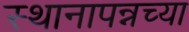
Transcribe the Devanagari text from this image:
स्थानापन्नच्या